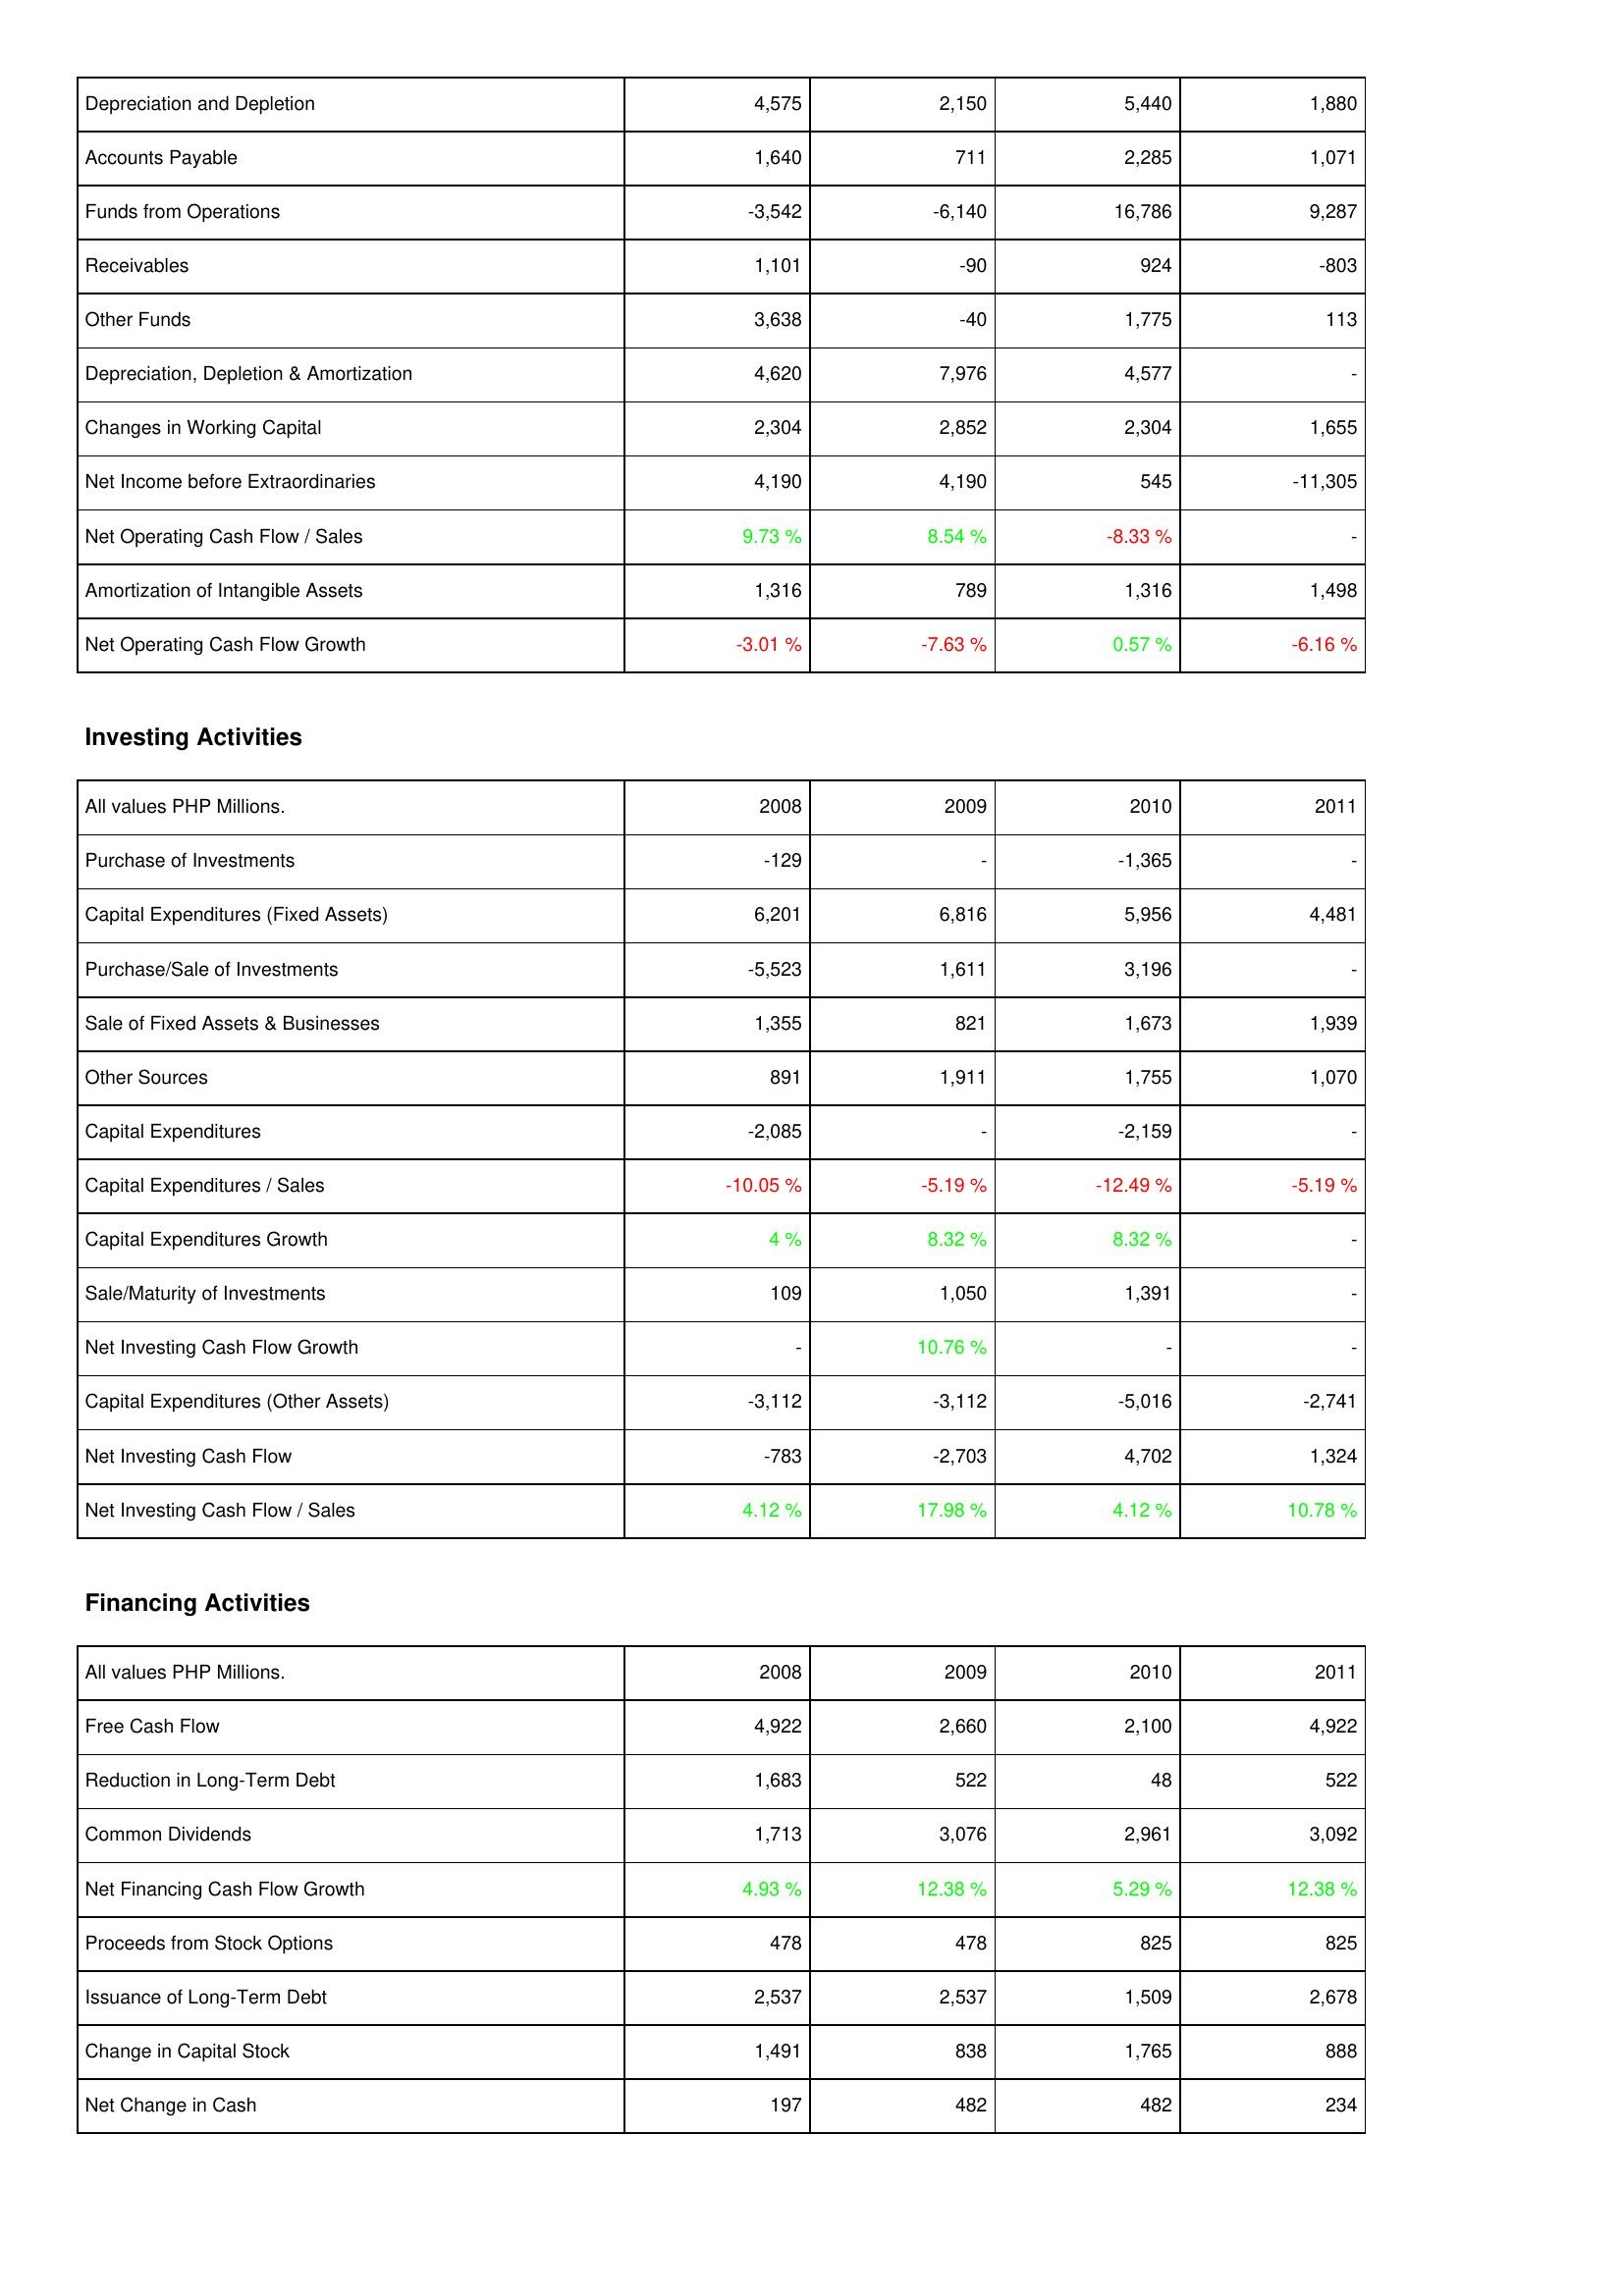
2008: Operating Activities: Depreciation and Depletion: 4,575
Accounts Payable: 1,640
Funds from Operations: -3,542
Receivables: 1,101
Other Funds: 3,638
Depreciation, Depletion & Amortization: 4,620
Changes in Working Capital: 2,304
Net Income before Extraordinaries: 4,190
Net Operating Cash Flow / Sales: 9.73 %
Amortization of Intangible Assets: 1,316
Net Operating Cash Flow Growth: -3.01 %
Investing Activities: Purchase of Investments: -129
Capital Expenditures (Fixed Assets): 6,201
Purchase/Sale of Investments: -5,523
Sale of Fixed Assets & Businesses: 1,355
Other Sources: 891
Capital Expenditures: -2,085
Capital Expenditures / Sales: -10.05 %
Capital Expenditures Growth: 4 %
Sale/Maturity of Investments: 109
Net Investing Cash Flow Growth: -
Capital Expenditures (Other Assets): -3,112
Net Investing Cash Flow: -783
Net Investing Cash Flow / Sales: 4.12 %
Financing Activities: Free Cash Flow: 4,922
Reduction in Long-Term Debt: 1,683
Common Dividends: 1,713
Net Financing Cash Flow Growth: 4.93 %
Proceeds from Stock Options: 478
Issuance of Long-Term Debt: 2,537
Change in Capital Stock: 1,491
Net Change in Cash: 197
2009: Operating Activities: Depreciation and Depletion: 2,150
Accounts Payable: 711
Funds from Operations: -6,140
Receivables: -90
Other Funds: -40
Depreciation, Depletion & Amortization: 7,976
Changes in Working Capital: 2,852
Net Income before Extraordinaries: 4,190
Net Operating Cash Flow / Sales: 8.54 %
Amortization of Intangible Assets: 789
Net Operating Cash Flow Growth: -7.63 %
Investing Activities: Purchase of Investments: -
Capital Expenditures (Fixed Assets): 6,816
Purchase/Sale of Investments: 1,611
Sale of Fixed Assets & Businesses: 821
Other Sources: 1,911
Capital Expenditures: -
Capital Expenditures / Sales: -5.19 %
Capital Expenditures Growth: 8.32 %
Sale/Maturity of Investments: 1,050
Net Investing Cash Flow Growth: 10.76 %
Capital Expenditures (Other Assets): -3,112
Net Investing Cash Flow: -2,703
Net Investing Cash Flow / Sales: 17.98 %
Financing Activities: Free Cash Flow: 2,660
Reduction in Long-Term Debt: 522
Common Dividends: 3,076
Net Financing Cash Flow Growth: 12.38 %
Proceeds from Stock Options: 478
Issuance of Long-Term Debt: 2,537
Change in Capital Stock: 838
Net Change in Cash: 482
2010: Operating Activities: Depreciation and Depletion: 5,440
Accounts Payable: 2,285
Funds from Operations: 16,786
Receivables: 924
Other Funds: 1,775
Depreciation, Depletion & Amortization: 4,577
Changes in Working Capital: 2,304
Net Income before Extraordinaries: 545
Net Operating Cash Flow / Sales: -8.33 %
Amortization of Intangible Assets: 1,316
Net Operating Cash Flow Growth: 0.57 %
Investing Activities: Purchase of Investments: -1,365
Capital Expenditures (Fixed Assets): 5,956
Purchase/Sale of Investments: 3,196
Sale of Fixed Assets & Businesses: 1,673
Other Sources: 1,755
Capital Expenditures: -2,159
Capital Expenditures / Sales: -12.49 %
Capital Expenditures Growth: 8.32 %
Sale/Maturity of Investments: 1,391
Net Investing Cash Flow Growth: -
Capital Expenditures (Other Assets): -5,016
Net Investing Cash Flow: 4,702
Net Investing Cash Flow / Sales: 4.12 %
Financing Activities: Free Cash Flow: 2,100
Reduction in Long-Term Debt: 48
Common Dividends: 2,961
Net Financing Cash Flow Growth: 5.29 %
Proceeds from Stock Options: 825
Issuance of Long-Term Debt: 1,509
Change in Capital Stock: 1,765
Net Change in Cash: 482
2011: Operating Activities: Depreciation and Depletion: 1,880
Accounts Payable: 1,071
Funds from Operations: 9,287
Receivables: -803
Other Funds: 113
Depreciation, Depletion & Amortization: -
Changes in Working Capital: 1,655
Net Income before Extraordinaries: -11,305
Net Operating Cash Flow / Sales: -
Amortization of Intangible Assets: 1,498
Net Operating Cash Flow Growth: -6.16 %
Investing Activities: Purchase of Investments: -
Capital Expenditures (Fixed Assets): 4,481
Purchase/Sale of Investments: -
Sale of Fixed Assets & Businesses: 1,939
Other Sources: 1,070
Capital Expenditures: -
Capital Expenditures / Sales: -5.19 %
Capital Expenditures Growth: -
Sale/Maturity of Investments: -
Net Investing Cash Flow Growth: -
Capital Expenditures (Other Assets): -2,741
Net Investing Cash Flow: 1,324
Net Investing Cash Flow / Sales: 10.78 %
Financing Activities: Free Cash Flow: 4,922
Reduction in Long-Term Debt: 522
Common Dividends: 3,092
Net Financing Cash Flow Growth: 12.38 %
Proceeds from Stock Options: 825
Issuance of Long-Term Debt: 2,678
Change in Capital Stock: 888
Net Change in Cash: 234